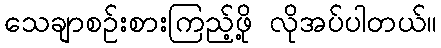
သေချာစဉ်းစားကြည့်ဖို့ လိုအပ်ပါတယ်။